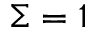
\Sigma = 1